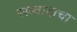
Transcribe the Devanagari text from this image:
रस्त्र्वादाचा